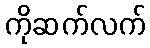
ကိုဆက်လက်